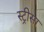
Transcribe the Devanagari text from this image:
स्ट्रीसा